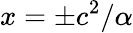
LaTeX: x=\pm c^{2}/\alpha